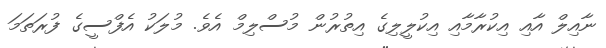
ނާއިލް އާއި އިކުރާމާއި އިކުލީލިގެ އިތުރުން މުސްލިމް އެވެ. މުލަކު އެފްސީގެ ފުރަތަމަ